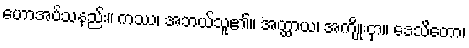
ဟောအပ်သနည်း။ ကဿ၊ အဘယ်သူ၏။ အတ္ထာယ၊ အကျိုးငှာ။ ဒေသိတော၊